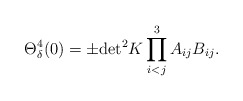
\begin{align*}\Theta^4_\delta(0) = \pm {\rm det}^2K \prod_{i<j}^3 A_{ij}B_{ij} .\end{align*}